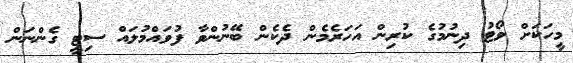
މީހަކަށް ވޯޓު ދިނުމުގެ ކުރިން އަހަރެމެން ދެކެން ބޭނުންވާ ފުވައްމުލައް ސިޓީ ގެންނަން